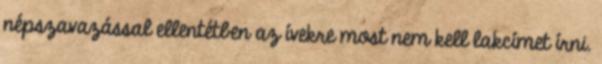
népszavazással ellentétben az ívekre most nem kell lakcímet írni.